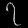
Digit: ၇